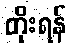
တိုးရန်